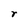
Character: r